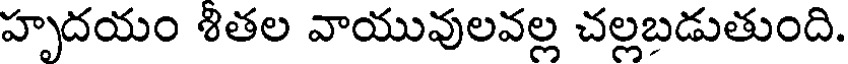
హృదయం శితల వాయువులవల్ల చల్లబడుతుంది.